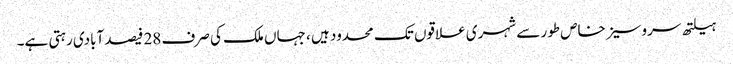
ہیلتھ سروسیز خاص طور سے شہری علاقوں تک محدود ہیں ، جہاں ملک کی صرف 28 فیصد آبادی رہتی ہے۔